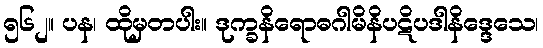
၅၆၂။ ပန၊ ထိုမှတပါး။ ဒုက္ခနိရောဓဂါမိနိပဋိပဒါနိဒ္ဒေသေ၊